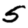
Digit: 5